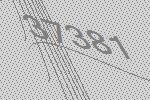
37381